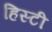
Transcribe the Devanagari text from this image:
हिस्टी